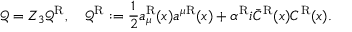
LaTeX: \mathcal { Q } = Z _ { 3 } \mathcal { Q } ^ { \mathrm { R } } , \quad \mathcal { Q } ^ { \mathrm { R } } : = { \frac { 1 } { 2 } } a _ { \mu } ^ { \mathrm { R } } ( x ) a ^ { \mu } { } ^ { \mathrm { R } } ( x ) + \alpha ^ { \mathrm { R } } i \bar { C } ^ { \mathrm { R } } ( x ) C ^ { \mathrm { R } } ( x ) .